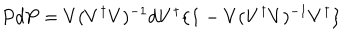
LaTeX: P d P = V ( V ^ { \dagger } V ) ^ { - 1 } d V ^ { \dagger } \{ { \bf 1 } - V ( V ^ { \dagger } V ) ^ { - 1 } V ^ { \dagger } \}